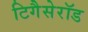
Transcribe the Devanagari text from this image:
टिगैसेरॉड